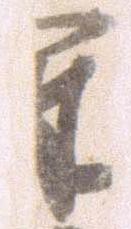
軍